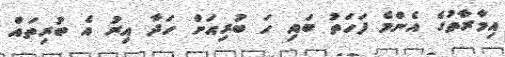
އިމާރާތުގެ އެންމެ ފަހަތު ބައި ހަ ބުރިއަށް ހަދާ އިރު އެ ބުރިތައް